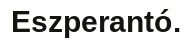
Eszperantó.